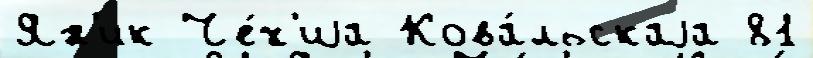
Ян'ик Че́х'иjа Кова́льскаjа 81